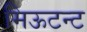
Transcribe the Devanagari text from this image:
मिऊटन्ट